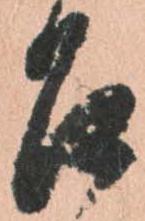
召